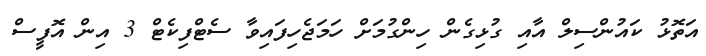
އަތޮޅު ކައުންސިލް އާއި ގުޅިގެން ހިންގުމަށް ހަމަޖެހިފައިވާ ސެޓްފިކެޓް 3 އިން އޮފީސް